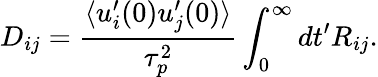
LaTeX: D_{ij}=\frac{\langle u_{i}^{\prime}(0)u_{j}^{\prime}(0)\rangle}{\tau_{p}^{2}}\int_{0}^{\infty}dt^{\prime}R_{ij}.